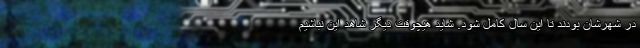
در شهرشان بودند تا این سال کامل شود. شاید هیچوقت دیگر شاهد این نباشیم